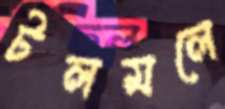
টলমলে